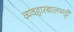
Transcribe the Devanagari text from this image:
व्यवहारबालभट्टी